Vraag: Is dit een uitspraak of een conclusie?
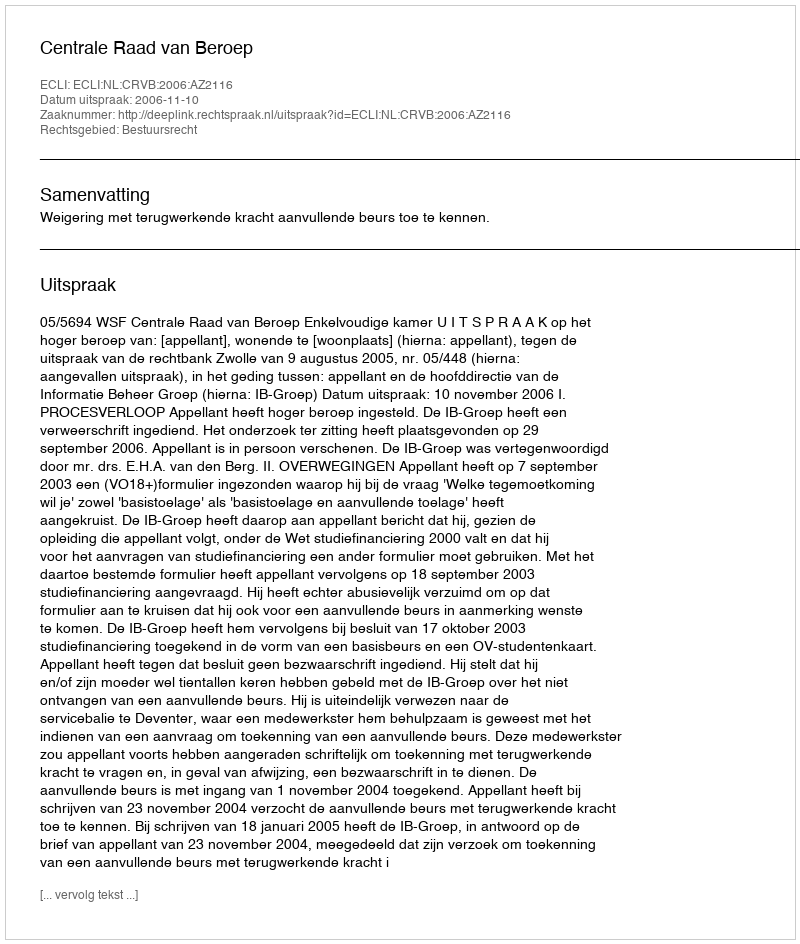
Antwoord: Uitspraak